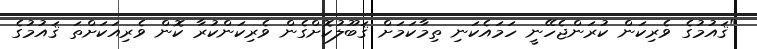
"ޤައުމުގެ ވެރިކަން ކުރަންޖެހޭނީ ހަމައެކަނި ތިމާކަމަށް ޤަބޫލުކޮށްގެން ވެރިކަންކުރާ ކޮން ވެރިއަކަށްތަ ޤައުމުގެ